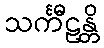
သင်္ကီဠန္တိ